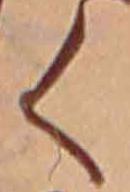
く